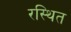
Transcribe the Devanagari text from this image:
रस्थित